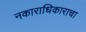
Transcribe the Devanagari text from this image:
नकाराधिकाराचा